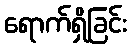
ရောက်ရှိခြင်း